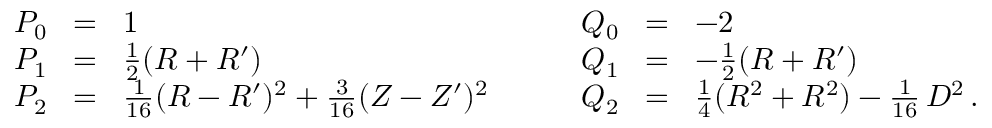
\begin{array} { r c l } { P _ { 0 } \! } & { = } & { \! 1 } \\ { P _ { 1 } \! } & { = } & { \! \frac { 1 } { 2 } ( R + R ^ { \prime } ) } \\ { P _ { 2 } \! } & { = } & { \! \frac { 1 } { 1 6 } ( R - R ^ { \prime } ) ^ { 2 } + \frac { 3 } { 1 6 } ( Z - Z ^ { \prime } ) ^ { 2 } } \end{array} \qquad \begin{array} { r c l } { Q _ { 0 } \! } & { = } & { \! - 2 } \\ { Q _ { 1 } \! } & { = } & { \! - \frac { 1 } { 2 } ( R + R ^ { \prime } ) } \\ { Q _ { 2 } \! } & { = } & { \! \frac { 1 } { 4 } ( R ^ { 2 } + R ^ { 2 } ) - \frac { 1 } { 1 6 } \, D ^ { 2 } \, . } \end{array}